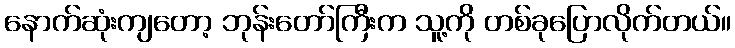
နောက်ဆုံးကျတော့ ဘုန်းတော်ကြီးက သူ့ကို တစ်ခုပြောလိုက်တယ်။